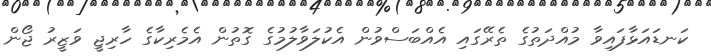
ކަނޑައަޅާފައިވާ މުއްދަތުގެ ތެރޭގައި އެއްބަސްވުން އެކުލަވާލުމުގެ ގޮތުން އެމެރިކާގެ ހާރިޖީ ވަޒީރު ޖޯން